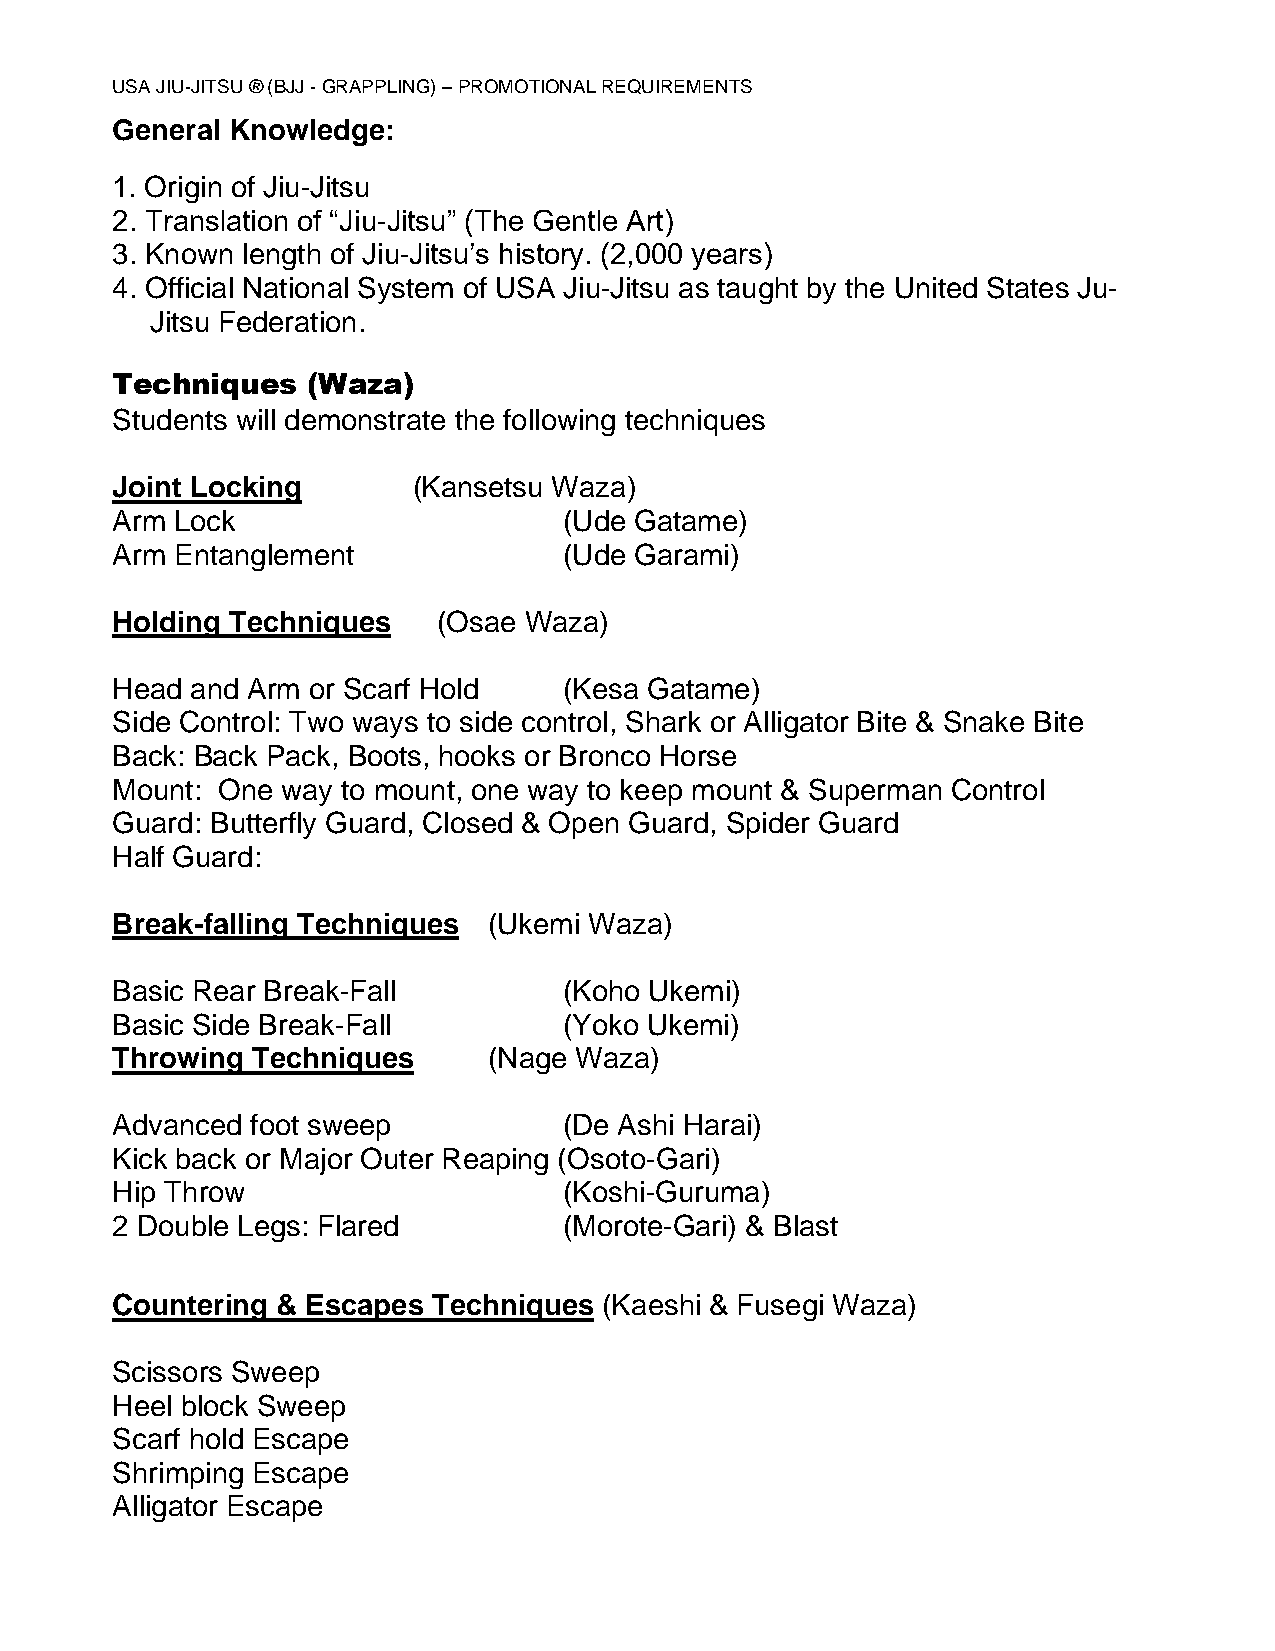
USA JIU-JITSU ® (BJJ - GRAPPLING) – PROMOTIONAL REQUIREMENTS
 General Knowledge:
 1. Origin of Jiu-Jitsu
 2. Translation of “Jiu-Jitsu” (The Gentle Art)
 3. Known length of Jiu-Jitsu’s history. (2,000 years)
 4. Official National System of USA Jiu-Jitsu as taught by the United States Ju-
 Jitsu Federation.
 Techniques   (Waza)
 Students will demonstrate the following techniques
 Joint Locking       (Kansetsu Waza)
 Arm  Lock                     (Ude Gatame)
 Arm  Entanglement             (Ude Garami)
 Holding Techniques    (Osae Waza)
 Head  and Arm or Scarf Hold   (Kesa Gatame)
 Side Control: Two ways to side control, Shark or Alligator Bite & Snake Bite
 Back: Back Pack, Boots, hooks or Bronco Horse
 Mount: One  way to mount, one way to keep mount & Superman Control
 Guard: Butterfly Guard, Closed & Open Guard, Spider Guard
 Half Guard:
 Break-falling Techniques (Ukemi Waza)
 Basic Rear Break-Fall         (Koho Ukemi)
 Basic Side Break-Fall         (Yoko Ukemi)
 Throwing  Techniques     (Nage Waza)
 Advanced  foot sweep          (De Ashi Harai)
 Kick back or Major Outer Reaping (Osoto-Gari)
 Hip Throw                     (Koshi-Guruma)
 2 Double Legs: Flared         (Morote-Gari) & Blast
 Countering & Escapes  Techniques (Kaeshi & Fusegi Waza)
 Scissors Sweep
 Heel block Sweep
 Scarf hold Escape
 Shrimping Escape
 Alligator Escape